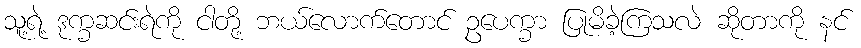
သူ့ရဲ့ ဒုက္ခဆင်းရဲကို ငါတို့ ဘယ်လောက်တောင် ဥပေက္ခာ ပြုမိခဲ့ကြသလဲ ဆိုတာကို နင်